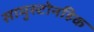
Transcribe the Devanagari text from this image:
सामुस्टोनहिक